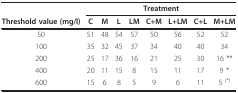
<table><thead><tr><td></td><td colspan="8"><b>Treatment</b></td></tr><tr><td><b>Threshold value (mg/l)</b></td><td><b>C</b></td><td><b>M</b></td><td><b>L</b></td><td><b>LM</b></td><td><b>C+M</b></td><td><b>L+LM</b></td><td><b>C+L</b></td><td><b>M+LM</b></td></tr></thead><tbody><tr><td>50</td><td>51</td><td>48</td><td>54</td><td>57</td><td>50</td><td>56</td><td>52</td><td>52</td></tr><tr><td>100</td><td>35</td><td>32</td><td>45</td><td>37</td><td>34</td><td>40</td><td>40</td><td>34</td></tr><tr><td>200</td><td>25</td><td>17</td><td>36</td><td>16</td><td>21</td><td>25</td><td>30</td><td>16 **</td></tr><tr><td>400</td><td>20</td><td>11</td><td>15</td><td>8</td><td>15</td><td>11</td><td>17</td><td>9 *</td></tr><tr><td>600</td><td>15</td><td>6</td><td>8</td><td>5</td><td>9</td><td>6</td><td>11</td><td>5 <sup>(*)</sup></td></tr></tbody></table>